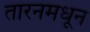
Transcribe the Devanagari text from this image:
तारनमधून